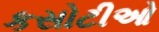
કસોટીઓ